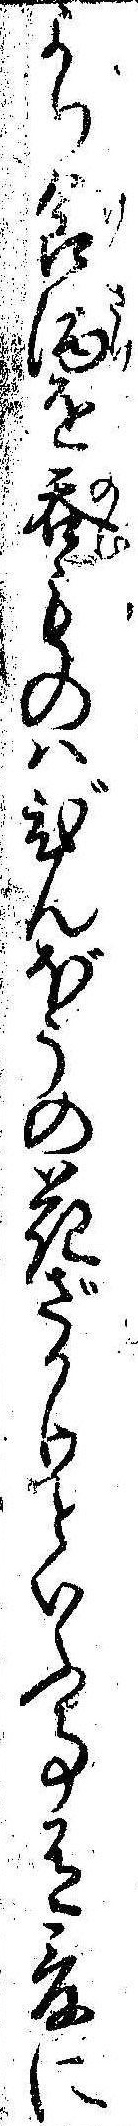
より食酒を呑ものはびんぼうの花ざかりといふ事有爰に